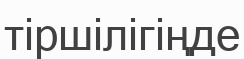
тіршілігіңде